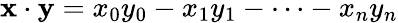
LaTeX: \mathbf{x}\cdot\mathbf{y}=x_{0}y_{0}-x_{1}y_{1}-\cdots-x_{n}y_{n}